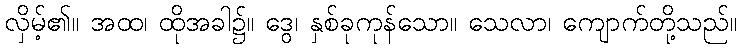
လှိမ့်၏။ အထ၊ ထိုအခါ၌။ ဒွေ၊ နှစ်ခုကုန်သော။ သေလာ၊ ကျောက်တို့သည်။